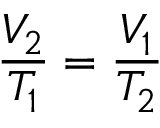
{ \frac { V _ { 2 } } { T _ { 1 } } } = { \frac { V _ { 1 } } { T _ { 2 } } }